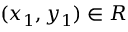
( x _ { 1 } , y _ { 1 } ) \in R